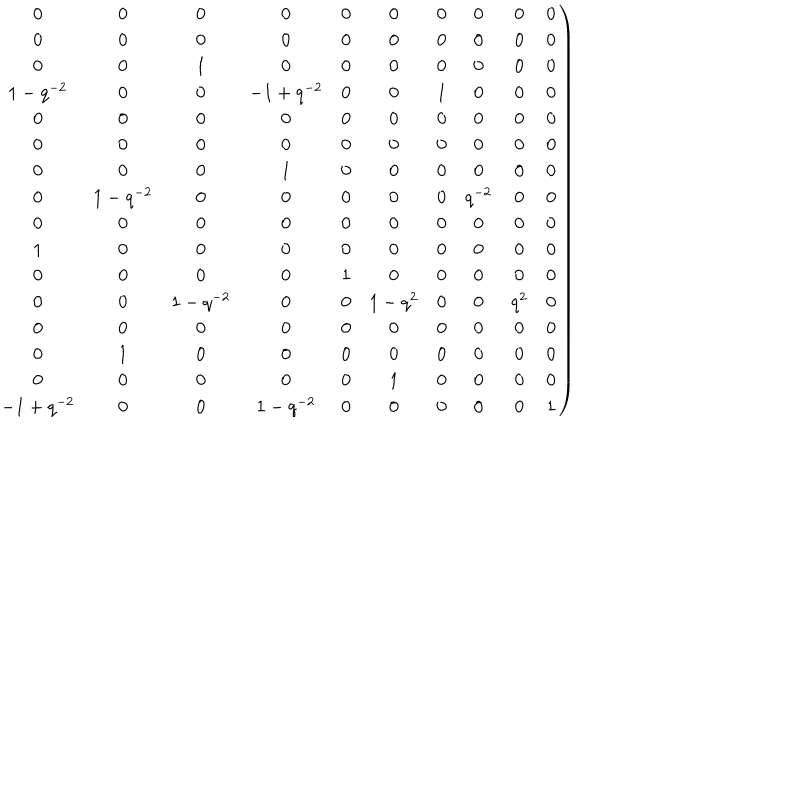
LaTeX: \left. \begin{matrix} { { 0 } } & { { 0 } } & { { 0 } } & { { 0 } } & { { 0 } } & { { 0 } } & { { 0 } } & { { 0 } } & { { 0 } } & { { 0 } } \\ { { 0 } } & { { 0 } } & { { 0 } } & { { 0 } } & { { 0 } } & { { 0 } } & { { 0 } } & { { 0 } } & { { 0 } } & { { 0 } } \\ { { 0 } } & { { 0 } } & { { 1 } } & { { 0 } } & { { 0 } } & { { 0 } } & { { 0 } } & { { 0 } } & { { 0 } } & { { 0 } } \\ { { 1 - q ^ { - 2 } } } & { { 0 } } & { { 0 } } & { { - 1 + { q ^ { - 2 } } } } & { { 0 } } & { { 0 } } & { { 1 } } & { { 0 } } & { { 0 } } & { { 0 } } \\ { { 0 } } & { { 0 } } & { { 0 } } & { { 0 } } & { { 0 } } & { { 0 } } & { { 0 } } & { { 0 } } & { { 0 } } & { { 0 } } \\ { { 0 } } & { { 0 } } & { { 0 } } & { { 0 } } & { { 0 } } & { { 0 } } & { { 0 } } & { { 0 } } & { { 0 } } & { { 0 } } \\ { { 0 } } & { { 0 } } & { { 0 } } & { { 1 } } & { { 0 } } & { { 0 } } & { { 0 } } & { { 0 } } & { { 0 } } & { { 0 } } \\ { { 0 } } & { { 1 - q ^ { - 2 } } } & { { 0 } } & { { 0 } } & { { 0 } } & { { 0 } } & { { 0 } } & { { { q ^ { - 2 } } } } & { { 0 } } & { { 0 } } \\ { { 0 } } & { { 0 } } & { { 0 } } & { { 0 } } & { { 0 } } & { { 0 } } & { { 0 } } & { { 0 } } & { { 0 } } & { { 0 } } \\ { { 1 } } & { { 0 } } & { { 0 } } & { { 0 } } & { { 0 } } & { { 0 } } & { { 0 } } & { { 0 } } & { { 0 } } & { { 0 } } \\ { { 0 } } & { { 0 } } & { { 0 } } & { { 0 } } & { { 1 } } & { { 0 } } & { { 0 } } & { { 0 } } & { { 0 } } & { { 0 } } \\ { { 0 } } & { { 0 } } & { { 1 - { q ^ { - 2 } } } } & { { 0 } } & { { 0 } } & { { 1 - { q ^ { 2 } } } } & { { 0 } } & { { 0 } } & { { { q ^ { 2 } } } } & { { 0 } } \\ { { 0 } } & { { 0 } } & { { 0 } } & { { 0 } } & { { 0 } } & { { 0 } } & { { 0 } } & { { 0 } } & { { 0 } } & { { 0 } } \\ { { 0 } } & { { 1 } } & { { 0 } } & { { 0 } } & { { 0 } } & { { 0 } } & { { 0 } } & { { 0 } } & { { 0 } } & { { 0 } } \\ { { 0 } } & { { 0 } } & { { 0 } } & { { 0 } } & { { 0 } } & { { 1 } } & { { 0 } } & { { 0 } } & { { 0 } } & { { 0 } } \\ { { - 1 + q ^ { - 2 } } } & { { 0 } } & { { 0 } } & { { 1 - { q ^ { - 2 } } } } & { { 0 } } & { { 0 } } & { { 0 } } & { { 0 } } & { { 0 } } & { { 1 } } \\ \end{matrix} \right)